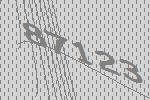
87123